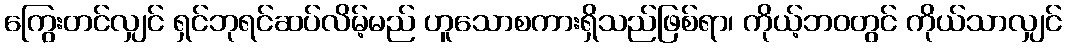
ကြွေးတင်လျှင် ရှင်ဘုရင်ဆပ်လိမ့်မည် ဟူသောစကားရှိသည်ဖြစ်ရာ၊ ကိုယ့်ဘဝတွင် ကိုယ်သာလျှင်